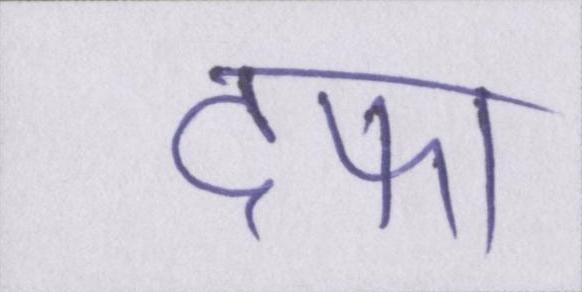
दफा